Source: Handwritten
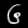
Digit: ၆ (6)